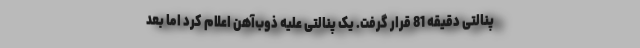
پنالتی دقیقه 81 قرار گرفت. یک پنالتی علیه ذوب‌آهن اعلام کرد اما بعد